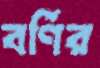
বর্ণির